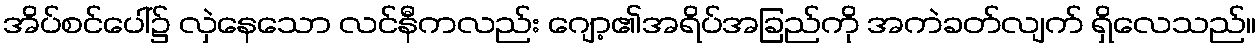
အိပ်စင်ပေါ်၌ လှဲနေသော လင်နီကလည်း ဂျော့၏အရိပ်အခြည်ကို အကဲခတ်လျက် ရှိလေသည်။